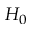
H _ { 0 }